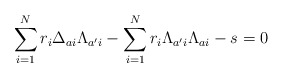
\begin{align*}\sum_{i=1}^Nr_i\Delta_{ai}\Lambda_{a'i}-\sum_{i=1}^Nr_i\Lambda_{a'i}\Lambda_{ai}-s=0\end{align*}